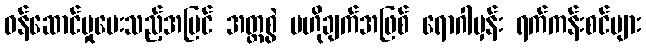
ဝန်ဆောင်မှုပေးသည့်အပြင် အတ္တစွဲ ဗဟိုချက်အဖြစ် ရောဂါမှန်း ရက်ကန်းစင်များ